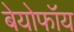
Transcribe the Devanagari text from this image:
बेयोफॉय